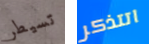
تسيطر اتتذكر